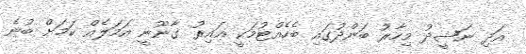
އަދި ނަޝީދު މިހާރު ބަންދުގައި ބެހެއްޓުމަކީ ޣައިރު ގާނޫނީ އަމަލެއް ކަމަށް ބުނެ